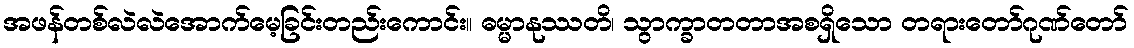
အဖန်တစ်လဲလဲအောက်မေ့ခြင်းတည်းကောင်း။ ဓမ္မာနုဿတိ၊ သွာက္ခာတတာအစရှိသော တရားတော်ဂုဏ်တော်